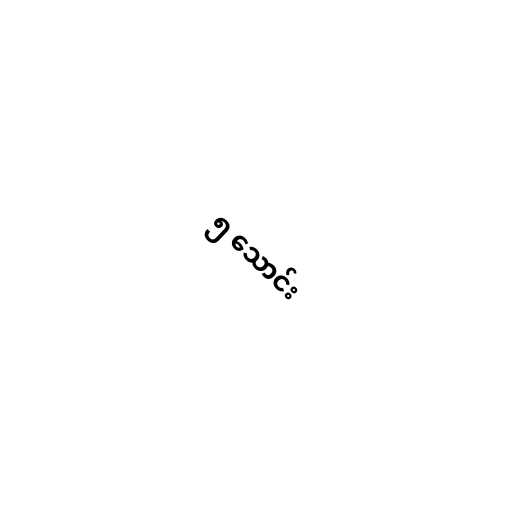
၅ သောင်း